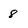
Character: 8